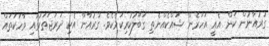
ގުރުއާނުން ކަން އެއީ އަހަރެން ޝައްކެއްނެތި ގަބޫލުކުރިކަމެކެވެ. ގުރުއާން އެކި ދަރަޖަތަކުގައި ވާހަކަތައް